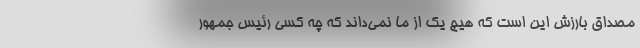
مصداق بارزش این است که هیچ یک از ما نمی‌داند که چه کسی رئیس جمهور